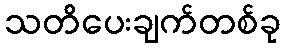
သတိပေးချက်တစ်ခု